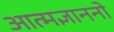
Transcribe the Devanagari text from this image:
आत्मज्ञाननो